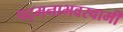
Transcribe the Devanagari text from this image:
पद्मनाभवस्वामी